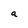
Character: a